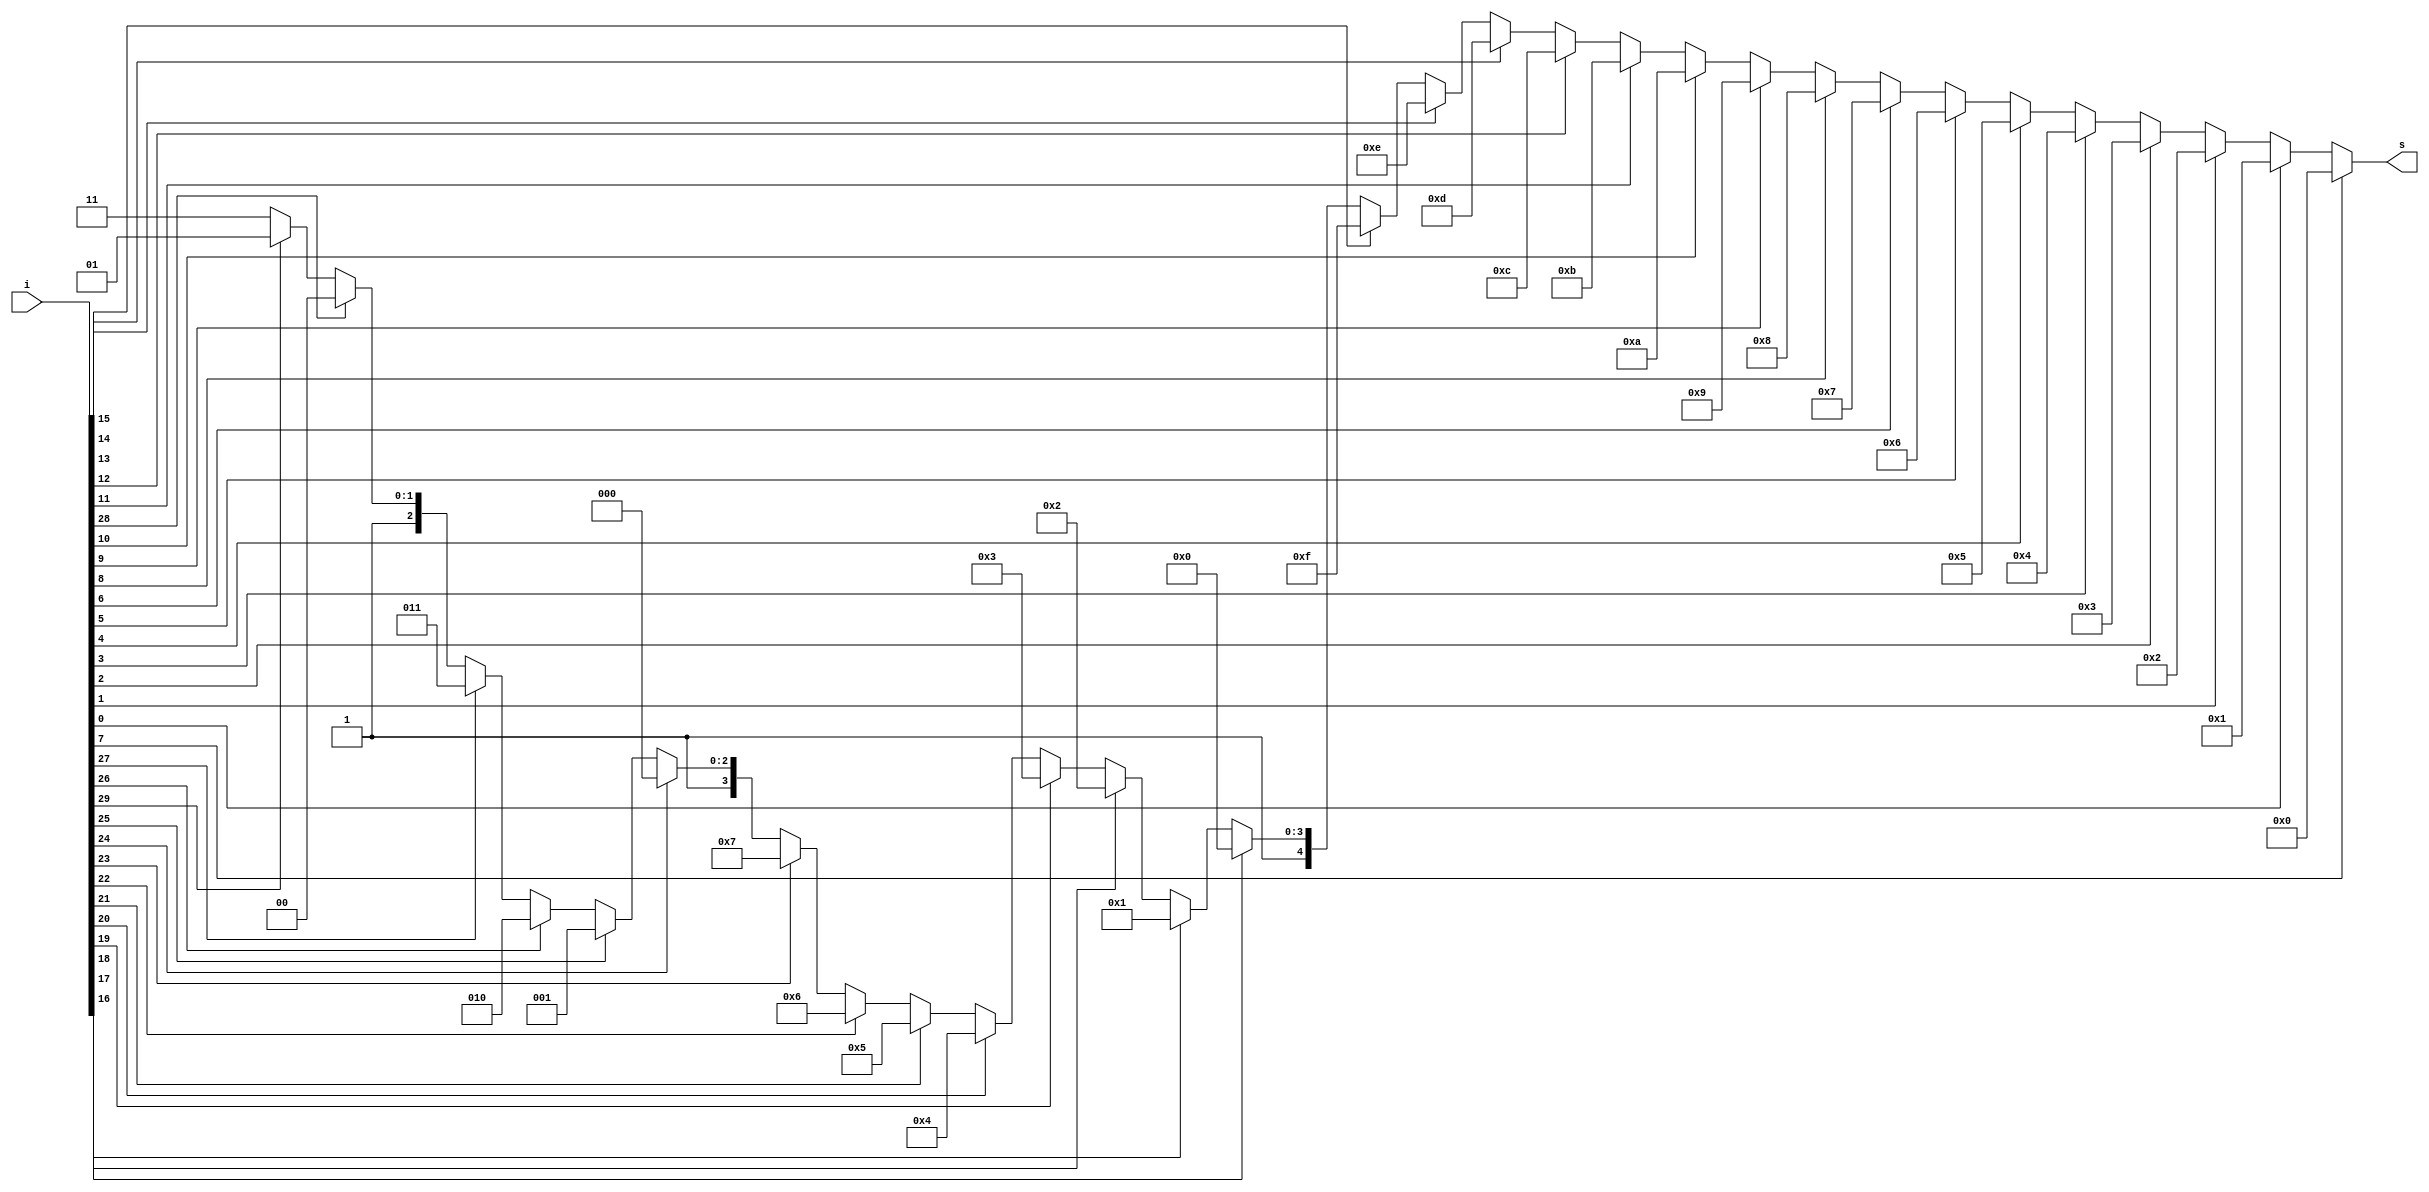
module encoder_325( input [31:0] i, output [4:0]s);

    always@(*) begin
        if(i[7]==1) s=5'b00000; 
        else if(i[0]==1) s=5'b00001;
        else if(i[1]==1) s=5'b00010;
        else if(i[2]==1) s=5'b00011;
        else if(i[3]==1) s=5'b00100;
        else if(i[4]==1) s=5'b00101;
        else if(i[5]==1) s=5'b00110;
        else if(i[6]==1) s=5'b00111;
        else if(i[8]==1) s=5'b01000;
        else if(i[9]==1) s=5'b01001;
        else if(i[10]==1) s=5'b01010;
        else if(i[11]==1) s=5'b01011;
        else if(i[12]==1) s=5'b01100;
        else if(i[13]==1) s=5'b01101;
        else if(i[14]==1) s=5'b01110;
        else if(i[15]==1) s=5'b01111;
        else if(i[16]==1) s=5'b10000;
        else if(i[17]==1) s=5'b10001;
        else if(i[18]==1) s=5'b10010;
        else if(i[19]==1) s=5'b10011;
        else if(i[20]==1) s=5'b10100;
        else if(i[21]==1) s=5'b10101;
        else if(i[22]==1) s=5'b10110;
        else if(i[23]==1) s=5'b10111;
        else if(i[24]==1) s=5'b11000;
        else if(i[25]==1) s=5'b11001;
        else if(i[26]==1) s=5'b11010;
        else if(i[27]==1) s=5'b11011;
        else if(i[28]==1) s=5'b11100;
        else if(i[29]==1) s=5'b11101;
        else s=5'b11111;
    end
endmodule